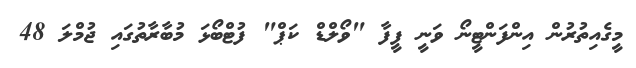
މީގެއިތުރުން އިންފަންޓީނޯ ވަނީ ފީފާ "ވޯލްޑް ކަޕް" ފުޓްބޯޅަ މުބާރާތުގައި ޖުމްލަ 48